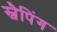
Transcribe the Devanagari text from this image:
स्वैपिंग